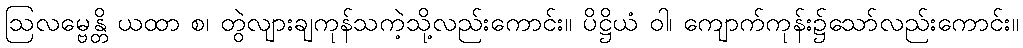
ဩလမ္ဗေန္တိ ယထာ စ၊ တွဲလျားချကုန်သကဲ့သို့လည်းကောင်း။ ပိဋ္ဌိယံ ဝါ၊ ကျောက်ကုန်း၌သော်လည်းကောင်း။